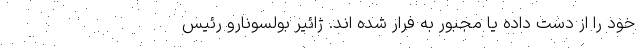
خود را از دست داده یا مجبور به فرار شده اند. ژائیر بولسونارو رئیس